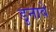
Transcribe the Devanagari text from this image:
डुनावे